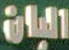
اليان